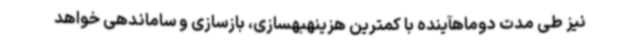
نیز طی مدت دوماهآینده با کمترین هزینهبهسازی، بازسازی و ساماندهی خواهد